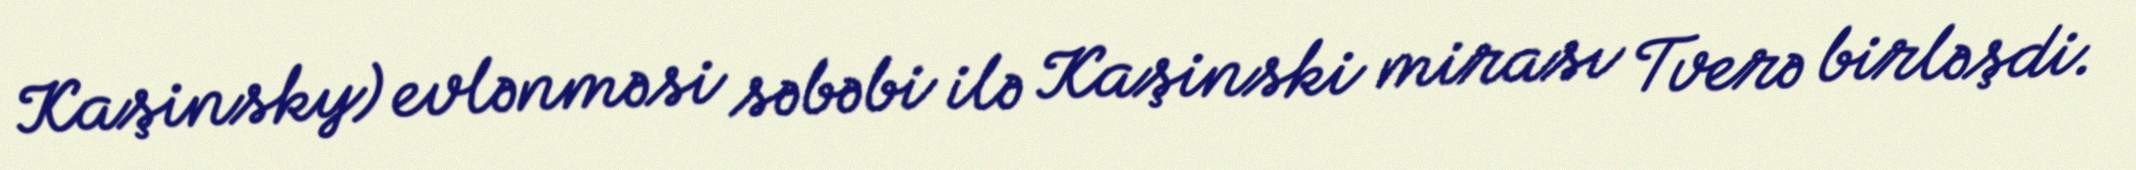
Kaşinsky) evlənməsi səbəbi ilə Kaşinski mirası Tverə birləşdi.